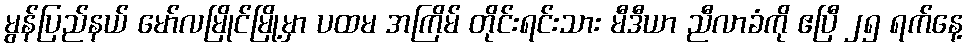
မွန်ပြည်နယ် မော်လမြိုင်မြို့မှာ ပထမ အကြိမ် တိုင်းရင်းသား မီဒီယာ ညီလာခံကို ဧပြီ ၂၅ ရက်နေ့